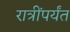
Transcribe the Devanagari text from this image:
रात्रींपर्यंत